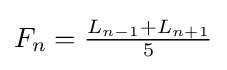
\textstyle F_{n}={\frac {L_{n-1}+L_{n+1}}{5}}